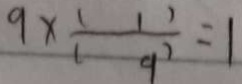
9 \times \frac { ( 1 ) } { ( 9 ) } = 1